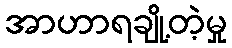
အာဟာရချို့တဲ့မှု